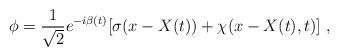
LaTeX: \begin{align*}\phi=\frac 1{\sqrt{2}}e^{-i\beta(t)}[\sigma(x-X(t))+\chi(x-X(t),t)]\ , \end{align*}